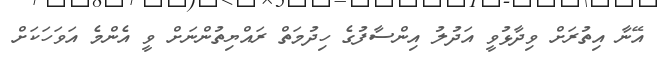
އޭނާ އިތުރަށް ވިދާޅުވީ އަދުލު އިންސާފުގެ ހިދުމަތް ރައްޔިތުންނަށް ވީ އެންމެ އަވަހަކަށް